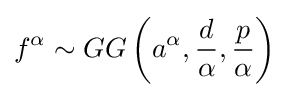
f^{\alpha }\sim GG\left(a^{\alpha },{\frac {d}{\alpha }},{\frac {p}{\alpha }}\right)